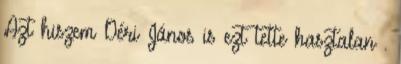
Azt hiszem Déri János is ezt tette hasztalan .